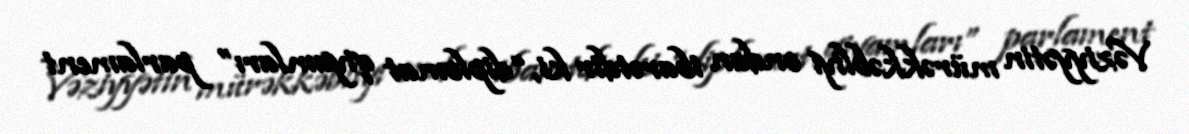
Vəziyyətin mürəkkəbliyi ondan ibarətdir ki, “diplomat qiyamları” parlament